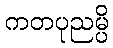
ကတပုညမ္ပိ